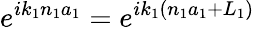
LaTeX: e^{ik_{1}n_{1}a_{1}}=e^{ik_{1}(n_{1}a_{1}+L_{1})}